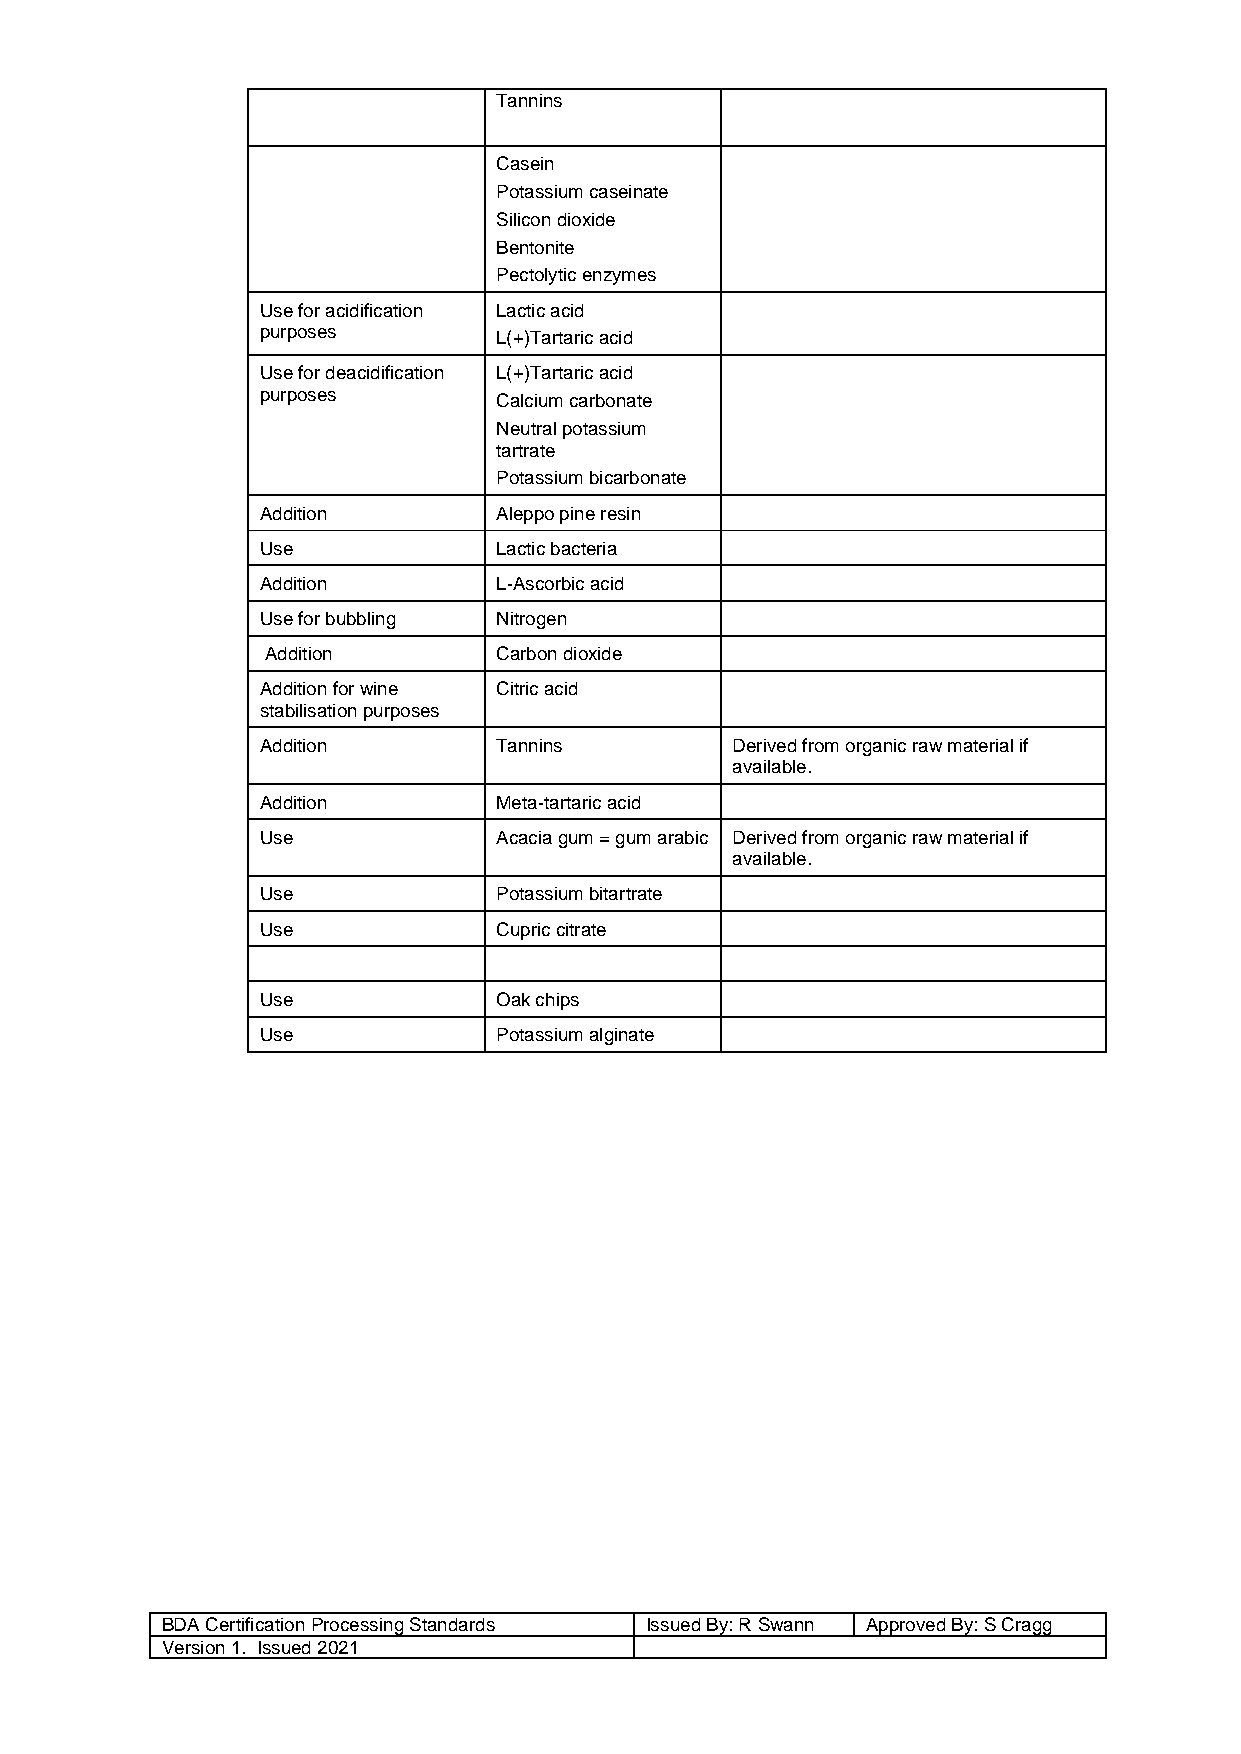
Tannins
 Casein
 Potassium caseinate
 Silicon dioxide
 Bentonite
 Pectolytic enzymes
 Use for acidification Lactic acid
 purposes        L(+)Tartaric acid
 Use for deacidification L(+)Tartaric acid
 purposes        Calcium carbonate
 Neutral potassium
 tartrate
 Potassium bicarbonate
 Addition        Aleppo pine resin
 Use             Lactic bacteria
 Addition        L-Ascorbic acid
 Use for bubbling Nitrogen
 Addition       Carbon dioxide
 Addition for wine Citric acid
 stabilisation purposes
 Addition        Tannins        Derived from organic raw material if
 available.
 Addition        Meta-tartaric acid
 Use             Acacia gum = gum arabic Derived from organic raw material if
 available.
 Use             Potassium bitartrate
 Use             Cupric citrate
 Use             Oak chips
 Use             Potassium alginate
 BDA Certification Processing Standards Issued By: R Swann Approved By: S Cragg
 Version 1. Issued 2021